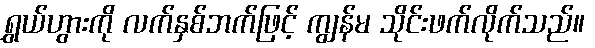
ရွှယ်ဟွားကို လက်နှစ်ဘက်ဖြင့် ကျွန်မ သိုင်းဖက်လိုက်သည်။